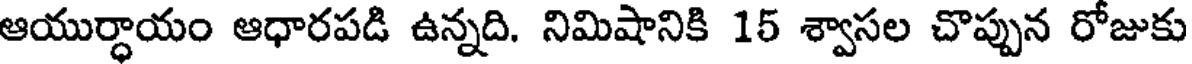
ఆయుర్ధాయం ఆధారపడి ఉన్నది. నిమిషానికి 15 శ్వాసల చొప్పున రోజుకు